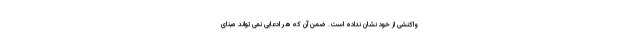
واکنشی از خود نشان نداده است. ضمن آن که هر ادعایی نمی تواند مبنای